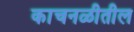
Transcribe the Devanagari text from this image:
काचनळीतील